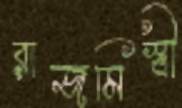
রাজমিস্ত্রী